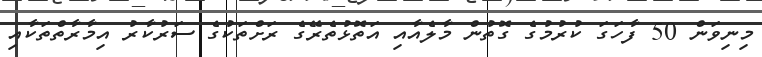
މިނިވަން 50 ފާހަގަ ކުރުމުގެ ގޮތުން މާލެއާއި އަތޮޅުތެރޭގެ ރަށްތަކުގެ ސަރުކާރު އިމާރާތްތަކާއި